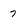
Character: 7